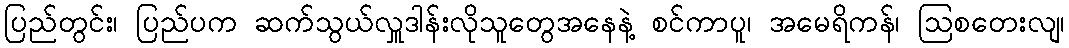
ပြည်တွင်း၊ ပြည်ပက ဆက်သွယ်လှူဒါန်းလိုသူတွေအနေနဲ့ စင်ကာပူ၊ အမေရိကန်၊ ဩစတေးလျ၊